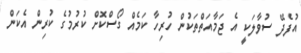
އުފެދޭ ސުވާލަކީ އެ ޖަމާއަތްތަކުން ހުރިހާ ކަމެއް ގޯސްކޮށް ކުރުމުގެ ކުރިން އެކަން